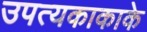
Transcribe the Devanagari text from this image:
उपत्यकाकाके